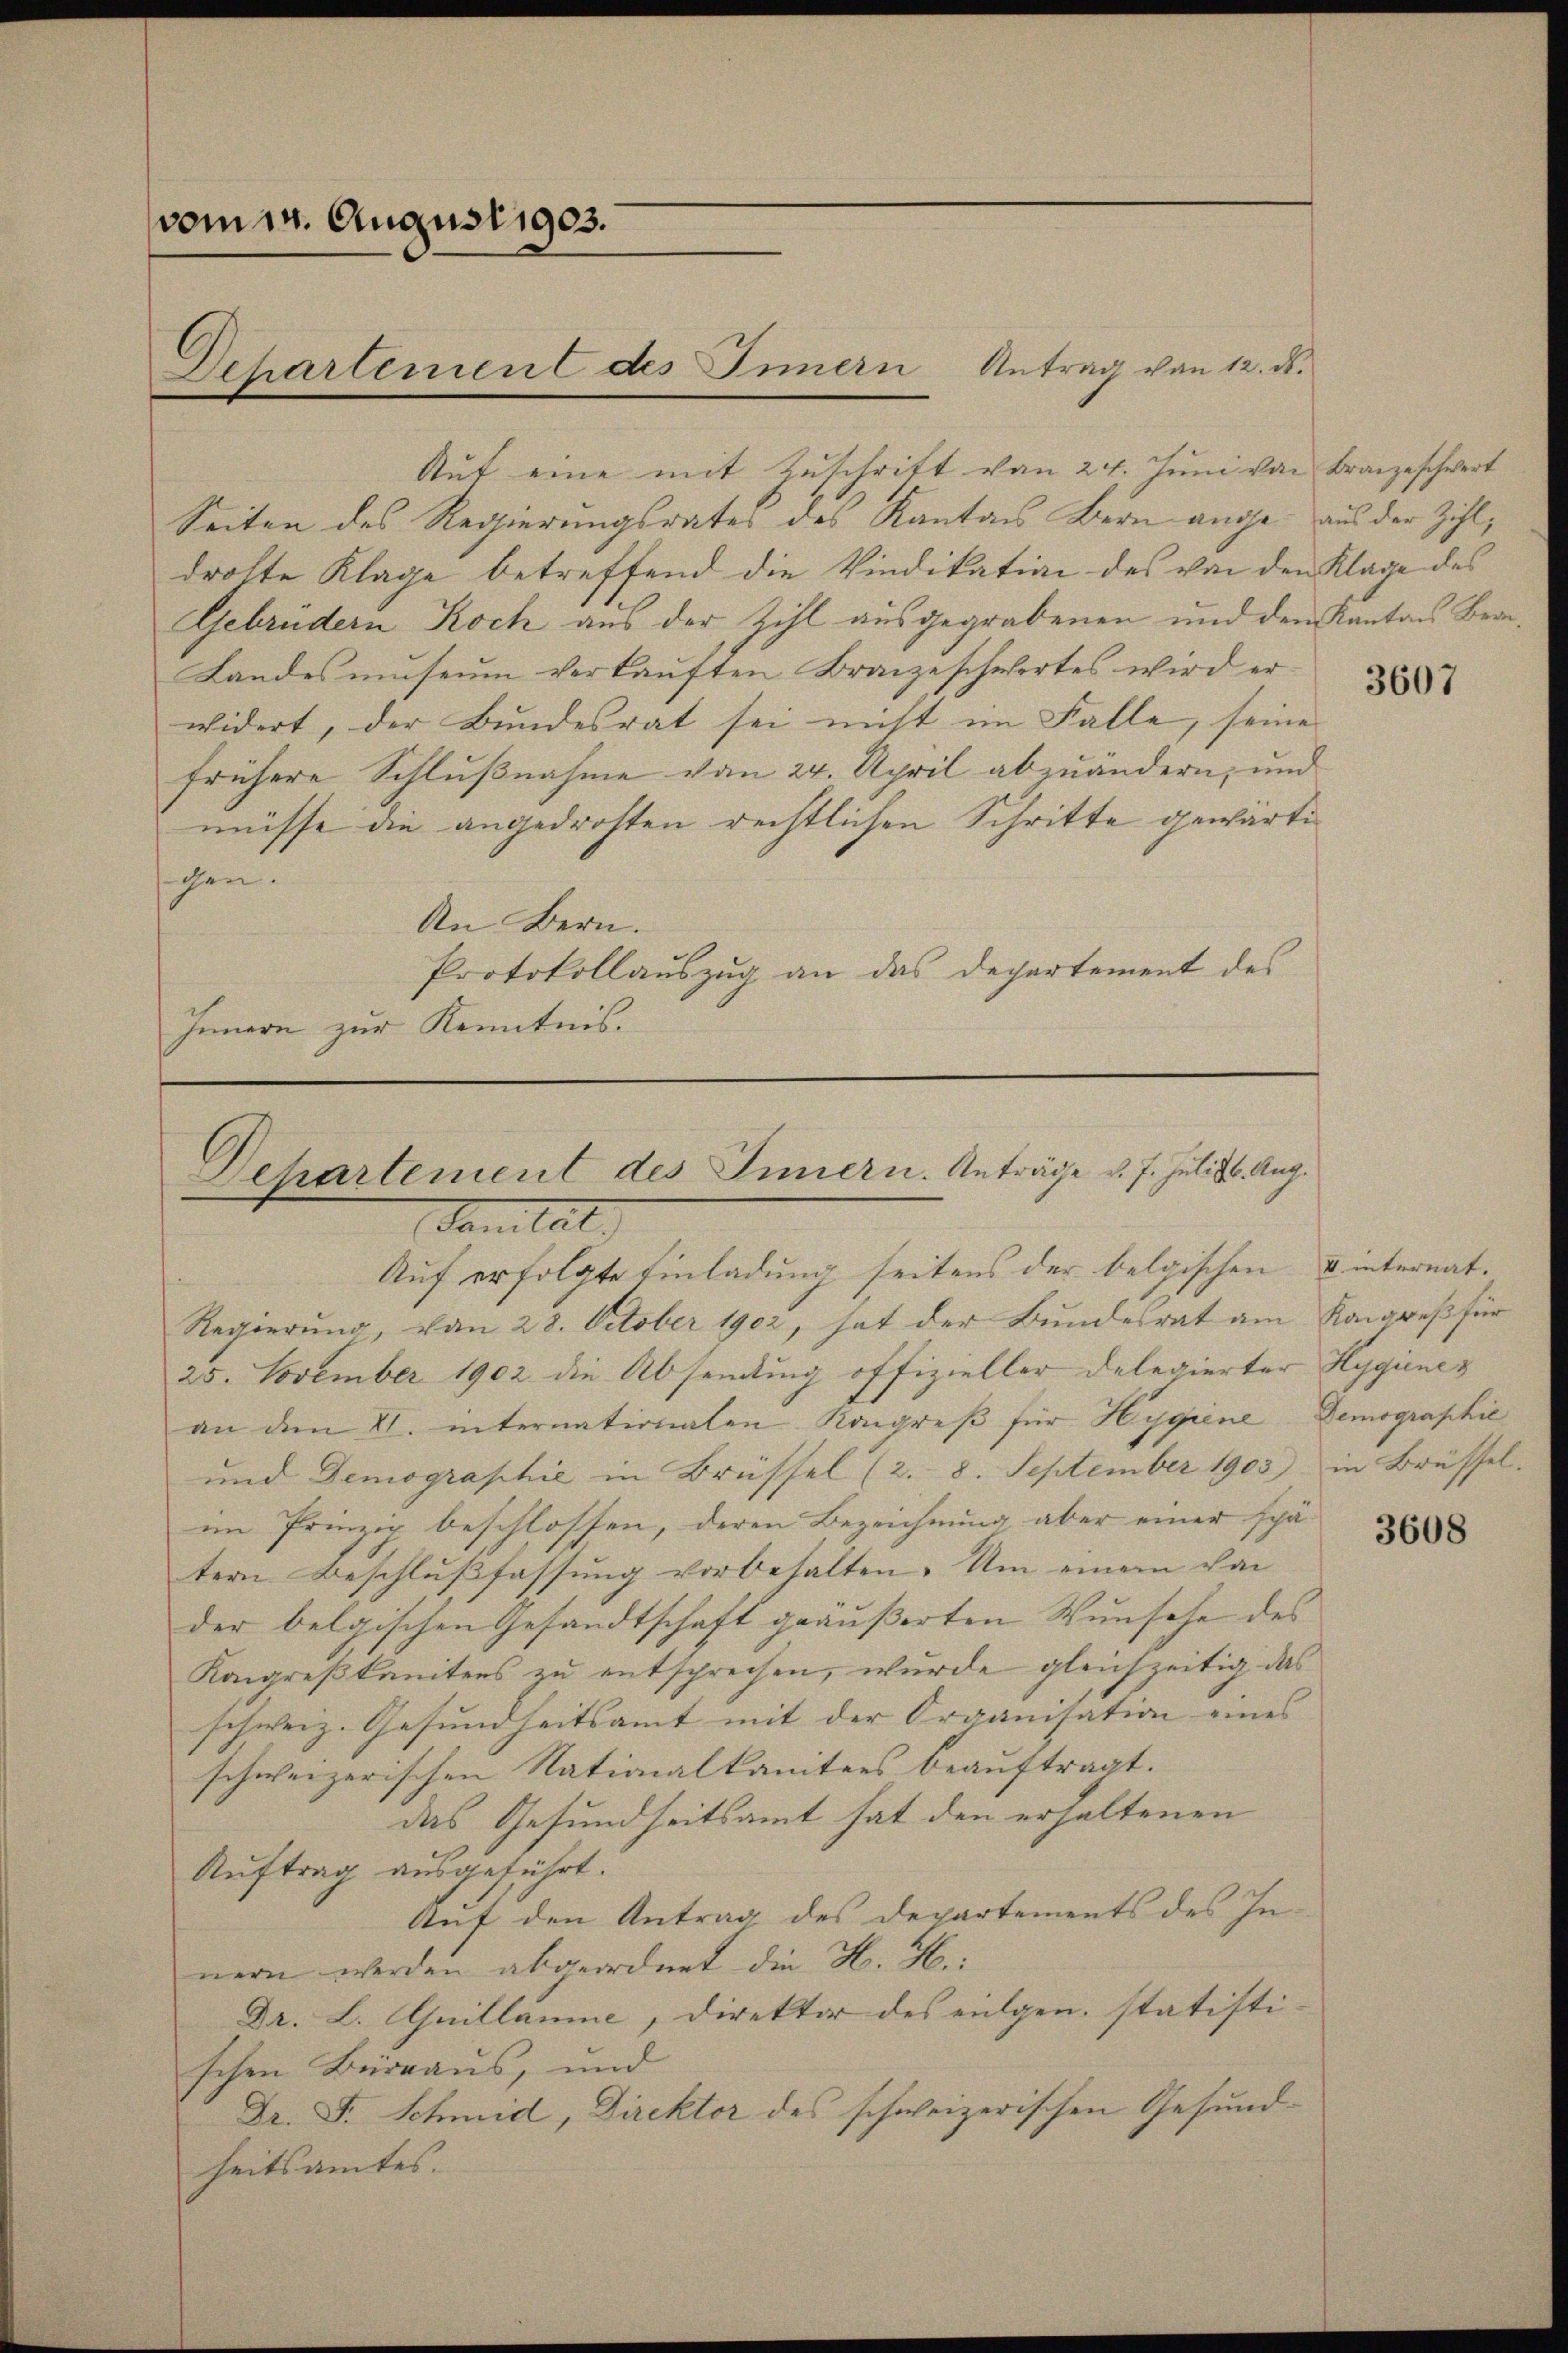
vom 14. August 1903.

Dehartemen C des Innern Antrag von 12. d.

Departement des Innern. Anträge v. 7. Juli d. Aug.
Sanitat.

Auf eine mit Zuschrift von 24. Juni von Franzeschwert
Seiten des Regierungsrates des Kantons Bern ange aus der Zihldrohte Klage betreffend die Vindikation des von den Klage des
Gebrüdern Koch aus der Zihl ausgegrabenen und den Kanton Bean
Landes museum verkauften Branzeschwertes wird er-
widert, der Bundesrat sei nicht im Falle, seine
frühere Schlußnahme vom 24. April abzuändern, und
müsse die angedrohten rechtlichen Schritte gewärtigen.
An Bern.
Protokollauszug an das Departement des
Innern zur Kenntnis.

Auf erfolgte Einladung seitens der belgischen u internat.
Regierung, vom 28. October 1902, hat der Bundesrat am Kongreß für
25. November 1902 die Absendung offizieller Delegierter Hygiene
an den VI. internationalen Kongreß für Hygiene. Demographie
und Demographie in Brüssel (2. 8. September 1903) in Brüssel.
im Prinzip beschlossen, deren Bezeichnung aber einer später Beschlußfassung vorbehalten. Um einem von
der belgischen Gesandtschaft geäußerten Wunsche des
Kangreßkanitens zu entsprechen, wurde gleichzeitig das
schweiz. Gesundheitsamt mit der Organisation eines |
schweizerischen Nationalkanitees beauftragt.
das Gesundheitsamt hat den erhaltenen
Auftrag ausgeführt.
Auf den Antrag des Departements des Innern werden abgeordnet die H. H.
Dr. L. Guillaume, Direktor des eidgen. statisti- |
schen Büreaus, und
Dr. F. Schmid, Direktor des schweizerischen Gesundheitsamtes.

3607

3608